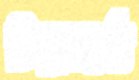
টরচার্ড